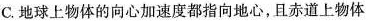
C.地球上物体的向心加速度都指向地心，且赤道上物体